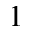
1